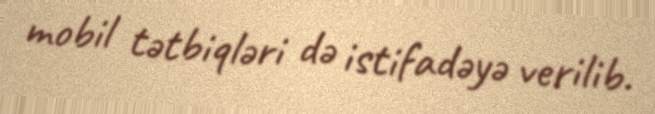
mobil tətbiqləri də istifadəyə verilib.